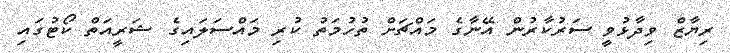
ރިޔާޒް ވިދާޅުވީ ސަރުކާރުން އޭނާގެ މައްޗަށް ތުހުމަތު ކުރި މައްސަލައިގެ ޝަރީއަތް ކޯޓުގައި